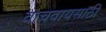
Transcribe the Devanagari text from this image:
वाचवायसाठी